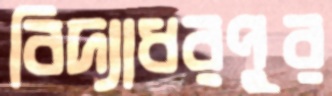
বিদ্যাধরপুর